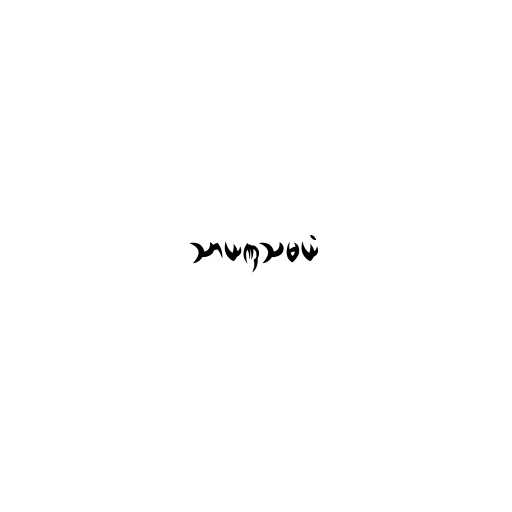
သာယဏှသမယံ